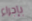
بإجراء